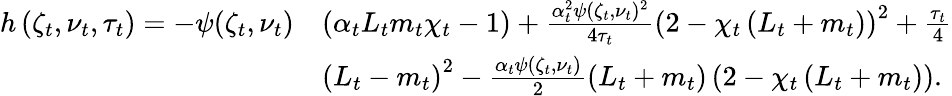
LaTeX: \begin{array}{rl}{h\left(\zeta_{t},\nu_{t},\tau_{t}\right)=-\psi(\zeta_{t},\nu_{t})}&{\left(\alpha_{t}L_{t}m_{t}\chi_{t}-1\right)+\frac{\alpha_{t}^{2}\psi(\zeta_{t},\nu_{t})^{2}}{4\tau_{t}}\left(2-\chi_{t}\left(L_{t}+m_{t}\right)\right)^{2}+\frac{\tau_{t}}{4}}\\ &{\left(L_{t}-m_{t}\right)^{2}-\frac{\alpha_{t}\psi(\zeta_{t},\nu_{t})}{2}\left(L_{t}+m_{t}\right)\left(2-\chi_{t}\left(L_{t}+m_{t}\right)\right).}\end{array}